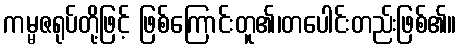
ကမ္မဇရုပ်တို့ဖြင့် ဖြစ်ကြောင်းတူ၏၊တပေါင်းတည်းဖြစ်၏။